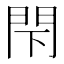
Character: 閇